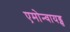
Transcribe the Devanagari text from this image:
एमोन्वायड्स